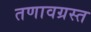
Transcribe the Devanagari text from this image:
तणावग्रस्त